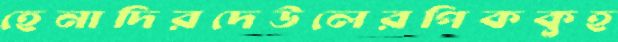
হেনাদিরদেউলেরপিককুহ